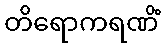
တိရောကရဏိံ